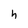
Character: h